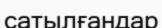
сатылғандар